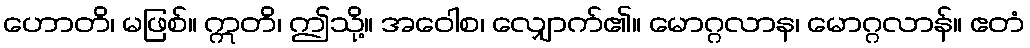
ဟောတိ၊ မဖြစ်။ ဣတိ၊ ဤသို့။ အဝေါစ၊ လျှောက်၏။ မောဂ္ဂလာန၊ မောဂ္ဂလာန်။ ဧတံ